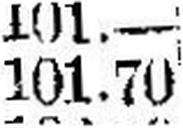
101.70